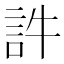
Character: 𧥸